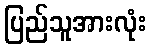
ပြည်သူအားလုံး